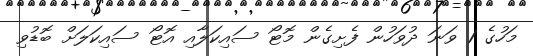
މަހުގެ 1 ވަނަ ދުވަހުން ފެށިގެން މޮޓޯ ސައިކަލާއި އޮޓޯ ސައިކަލަށް ބޮޑުވި